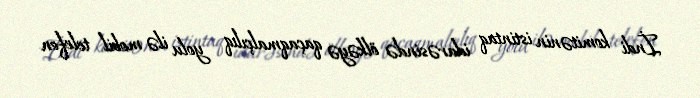
İndi komitənin istintaq idarəsində ölkəyə qaçaqmalçılıq yolu ilə mobil telefon